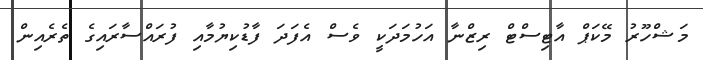
މަޝްހޫރު މޭކަޕް އާޓިސްޓް ރިޒްނާ އަހުމަދަކީ ވެސް އެފަދަ ފާޑުކިޔުމާއި ފުރައްސާރައިގެ ތެރެއިން